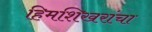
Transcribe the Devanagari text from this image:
हिमशिखरांचा